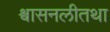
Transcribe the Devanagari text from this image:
श्वासनलीतथा